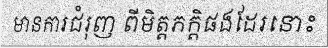
មានការជំរុញ ពីមិត្តភក្តិផងដែរនោះ